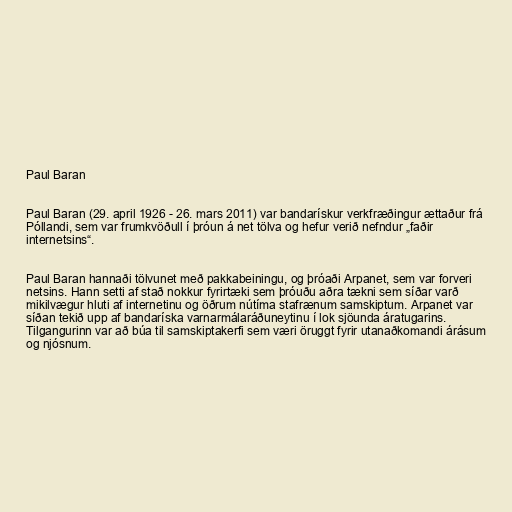
Paul Baran

Paul Baran (29. april 1926 - 26. mars 2011) var bandarískur verkfræðingur ættaður frá
Póllandi, sem var frumkvöðull í þróun á net tölva og hefur verið nefndur „faðir
internetsins“.

Paul Baran hannaði tölvunet með pakkabeiningu, og þróaði Arpanet, sem var forveri
netsins. Hann setti af stað nokkur fyrirtæki sem þróuðu aðra tækni sem síðar varð
mikilvægur hluti af internetinu og öðrum nútíma stafrænum samskiptum. Arpanet var
síðan tekið upp af bandaríska varnarmálaráðuneytinu í lok sjöunda áratugarins.
Tilgangurinn var að búa til samskiptakerfi sem væri öruggt fyrir utanaðkomandi árásum
og njósnum.